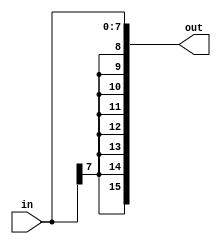
module signExtend (
    input [7:0] in,
    output [15:0] out
) ;

assign out = {in[7],in[7],in[7],in[7],in[7],in[7],in[7],in[7],in[7:0]};

endmodule